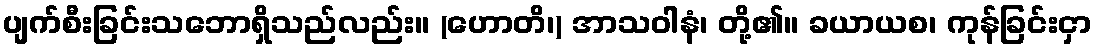
ပျက်စီးခြင်းသဘောရှိသည်လည်း။ (ဟောတိ၊) အာသဝါနံ၊ တို့၏။ ခယာယစ၊ ကုန်ခြင်းငှာ